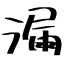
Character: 漏